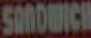
SAMOUICH